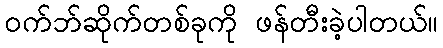
ဝက်ဘ်ဆိုက်တစ်ခုကို ဖန်တီးခဲ့ပါတယ်။